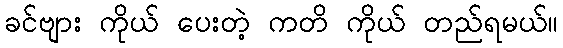
ခင်ဗျား ကိုယ် ပေးတဲ့ ကတိ ကိုယ် တည်ရမယ်။